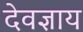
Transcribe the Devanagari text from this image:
देवज्ञाय